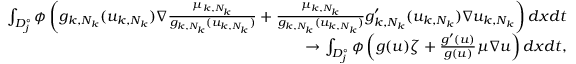
\begin{array} { r l r } & { } & { \int _ { D _ { j } ^ { \circ } } \phi \left( g _ { k , N _ { k } } ( u _ { k , N _ { k } } ) \nabla \frac { \mu _ { k , N _ { k } } } { g _ { k , N _ { k } } ( u _ { k , N _ { k } } ) } + \frac { \mu _ { k , N _ { k } } } { g _ { k , N _ { k } } ( u _ { k , N _ { k } } ) } g _ { k , N _ { k } } ^ { \prime } ( u _ { k , N _ { k } } ) \nabla u _ { k , N _ { k } } \right) d x d t } \\ & { } & { \rightarrow \int _ { D _ { j } ^ { \circ } } \phi \left( g ( u ) \zeta + \frac { g ^ { \prime } ( u ) } { g ( u ) } \mu \nabla u \right) d x d t , } \end{array}